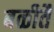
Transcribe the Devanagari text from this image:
बळीतै